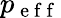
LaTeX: p_{\mathrm{~e~f~f~}}